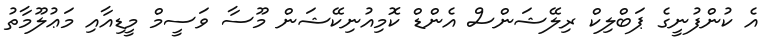
އެ ކުުންފުނީގެ ޕަބްލިކް ރިލޭޝަންސް އެންޑް ކޮމިއުނިކޭޝަން މޫސާ ވަސީމް މީޑިއާއި މަޢުލޫމާތު